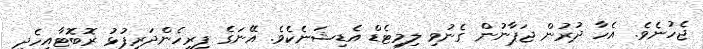
ޖެހުނެވެ. އެހާ ދުރުން ޖަޕާނުން ގެނުވި ލިމިޓެޑް އެޑިޝަނެކެވެ. އޭނަގެ ފިރިހެންދަރިފުޅު ރޮބޮޓާއިހެދި